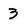
Character: 3